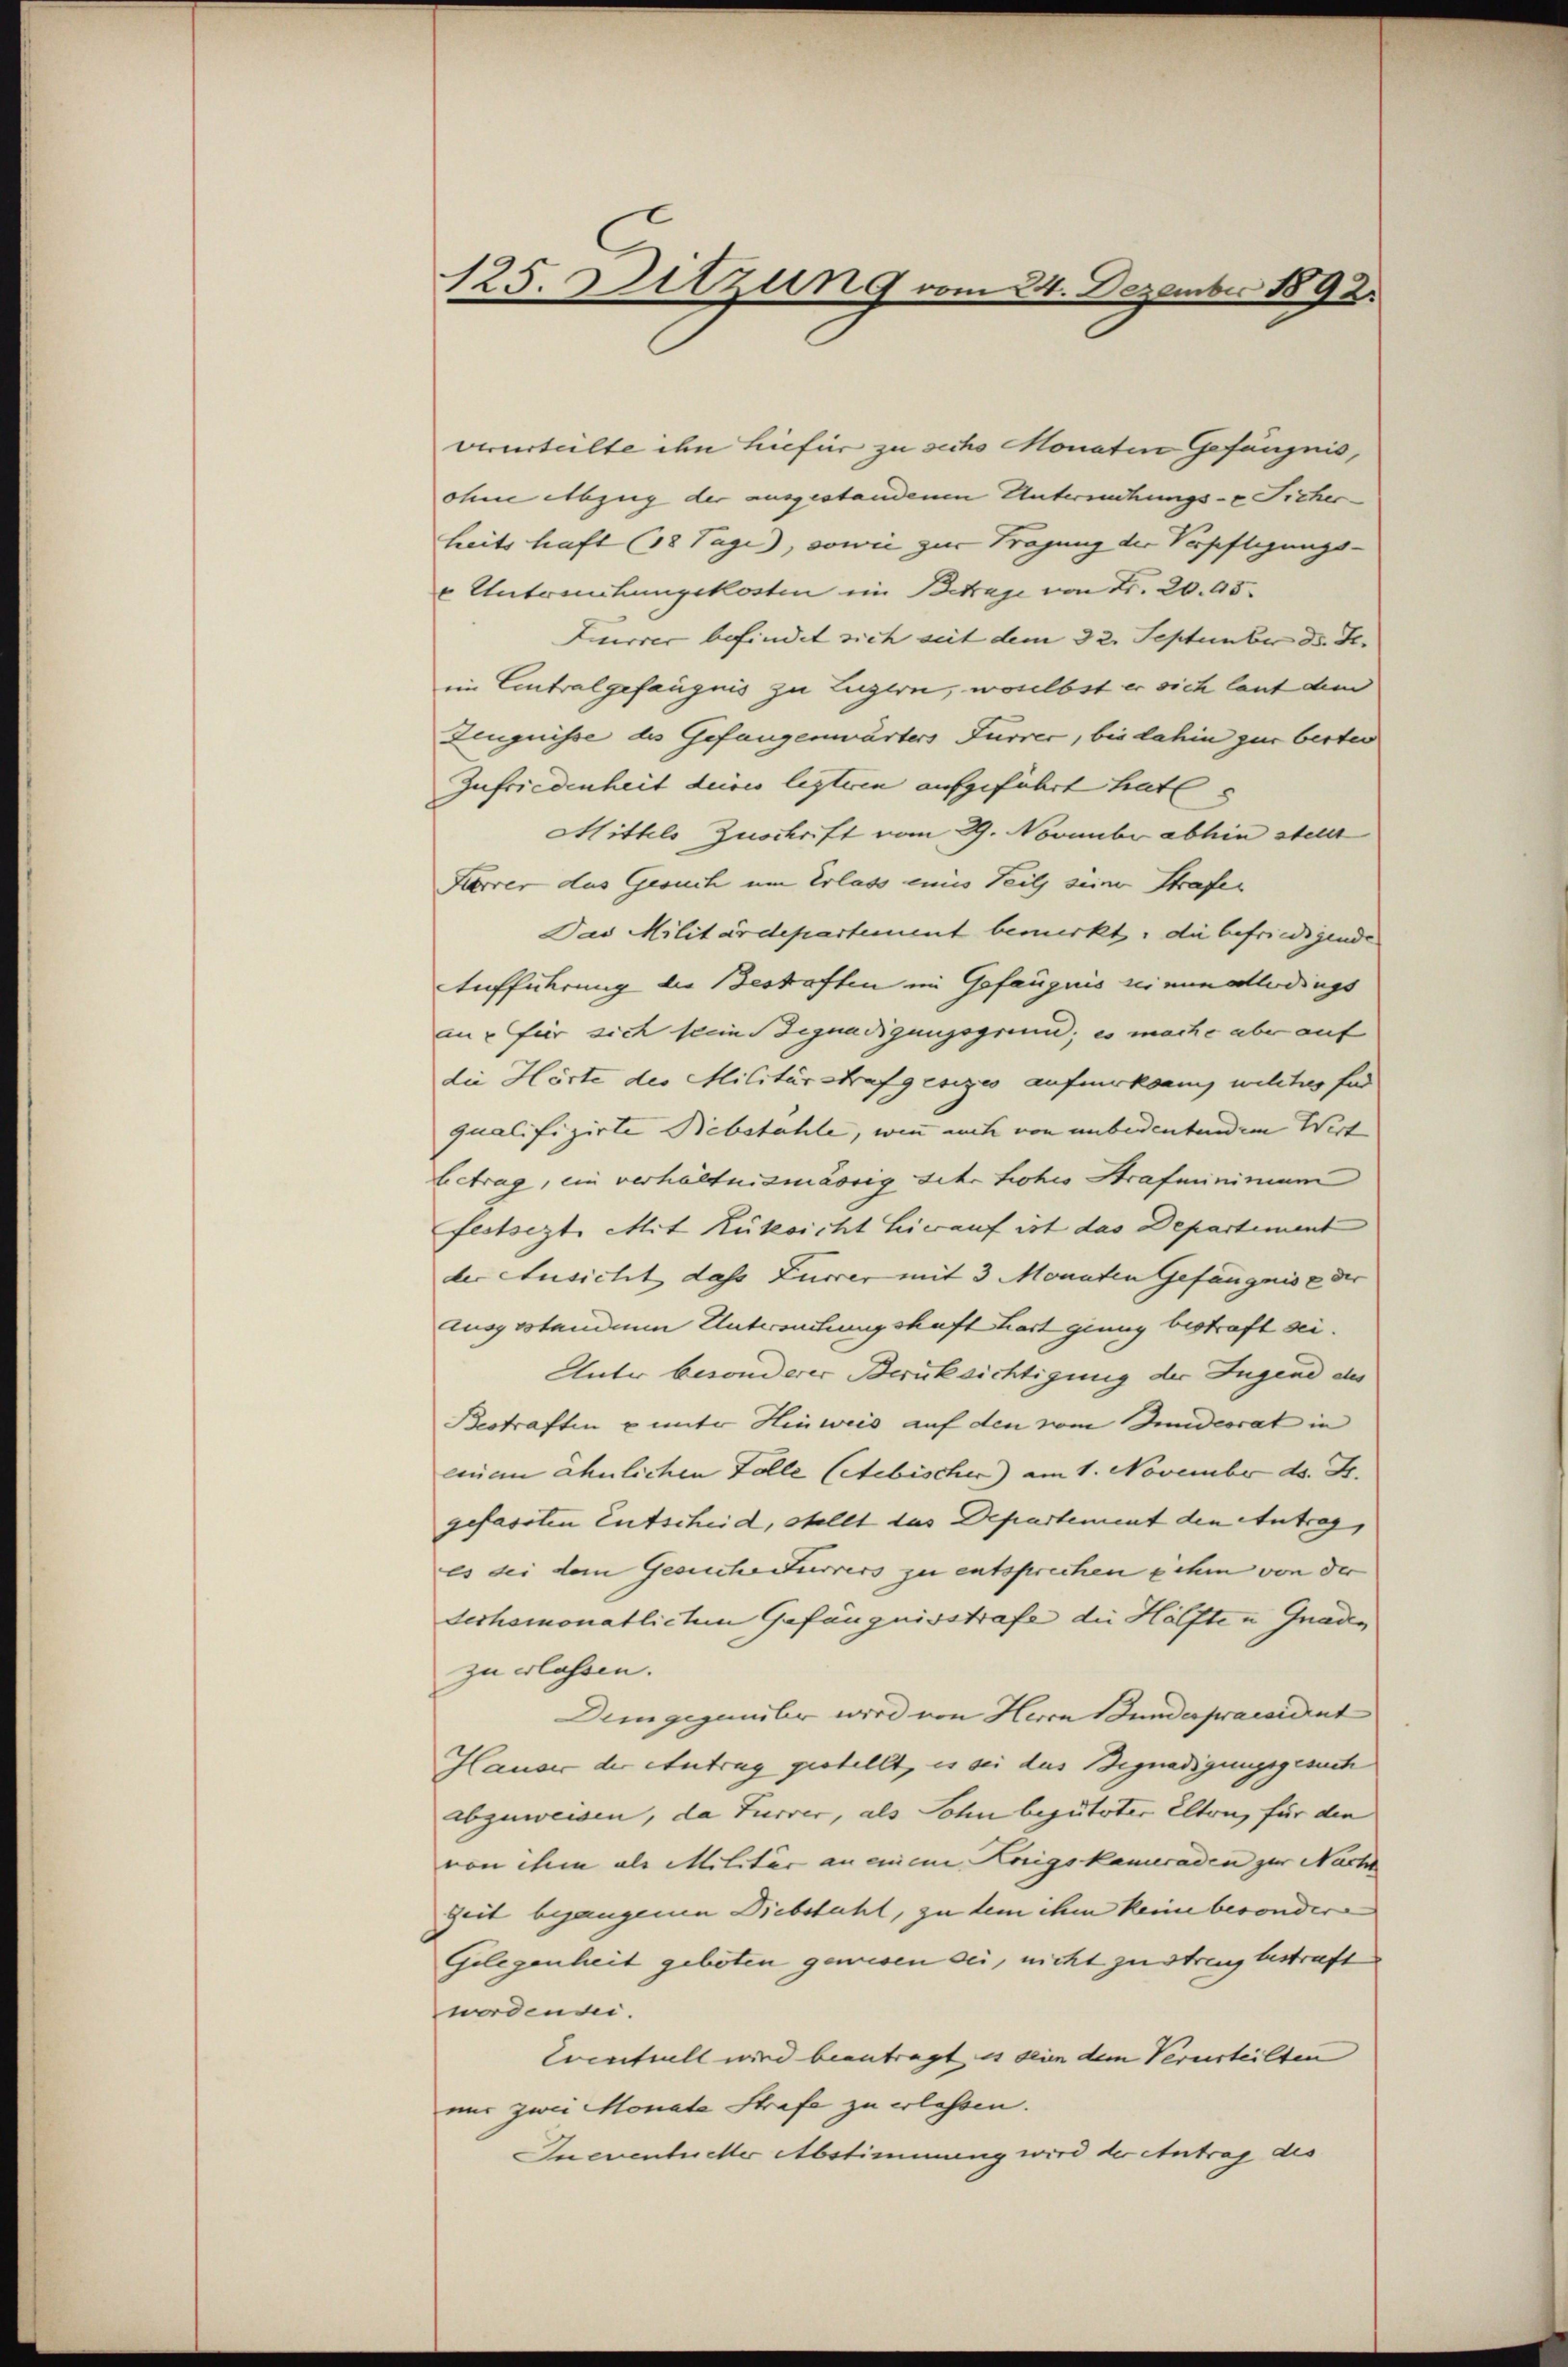
125. Sitzun 9 vom 24. Dezember 1892.

verurteilte ihn hiefür zu sechs Monaten Gefängnis,
ohne Abzug der ausgestandenen Untersuchungs- & Sicher
heits haft (18 Tage, sowie zur Tragung der Verpflegungs-
e Untersuchungskosten im Betrage von Fr. 20. 95.
Furrer befindet sich seit dem 32. September ds. Fr.
im Eintralgefangnis zu Luzern, woselbst er sich laut dem
Zeugnisse des Gefangenwärters Furrer, bis dahin zur bester
Zufriedenheit deines legteren aufgeführt hat
Mittels Zuschrift vom 29. November abhin stellt
Karrer das Gesuch um Erlass einis Teil seine Strafer
Das Militärdepartement bemerkt: die befriedigende
Aufführung die Bestraften im Gefängnis reinen allerdings
an für sich sein Begnadigungsgrund; es mache aber auf
die Hörte der Militärstrafgesezes aufmerksam wilches End
qualifizirte Bebstahle, wenn auch von unbedeutendem Wert
betrag, ein verhältnismässig sehr hohes Strafmininium
festsezte Mit Rüksicht hirauf ist das Departement
der Ausicht dass Furrer mit 3 Monaten Gefängnis der
logvotenden Antwortungshaft hart genug bestraft sei.
Unter besonderer Berüksichtigung der Jugend des
Bestraften u unter Hinweis auf den vom Bundesrat in
einen ähnlichen Folle (Stebischer) am 1. November d. J.
gefassten Entscheid, Stellt das Departement den Antrag,
es bei dem Gesucherterrers zu entsprechen ihm von der
dechsmonatlichen Gefängnisstrafe die Hälfte u Gnaden
zu erlassen.
Demgegenüber wird von Herrn Gunderpraesident
Hauser der Antrag gestellt, es sei das Begnadigungsgesuch
abzuweisen, da Furrer, als Sohn begüteter elten, für die
von ihm als Militär an einem Kriegskameraden zur Nacht
Zeit begangenen Diebstahl, zu dem ihm keine besondere
Gelegenheit geboten gewesen sei, nicht zu streng bestraft
wordenden.
Cocntill wird beantragt, es sein dem Verurteilten
nur zwei Monate Strafe zu erlassen.
Ineventueller Abstimmung wird der Antrag des